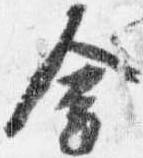
金